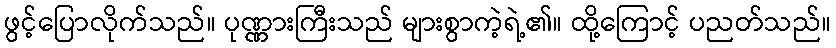
ဖွင့်ပြောလိုက်သည်။ ပုဏ္ဏားကြီးသည် များစွာကဲ့ရဲ့၏။ ထို့ကြောင့် ပညတ်သည်။